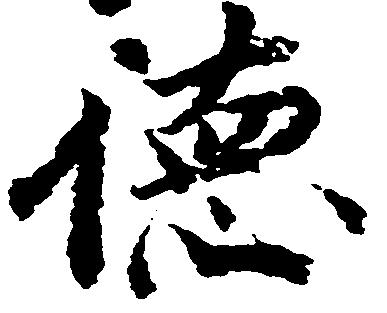
徳